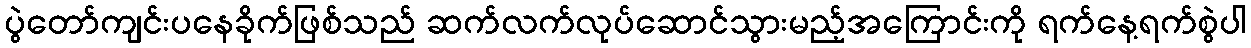
ပွဲတော်ကျင်းပနေခိုက်ဖြစ်သည် ဆက်လက်လုပ်ဆောင်သွားမည့်အကြောင်းကို ရက်နေ့ရက်စွဲပါ